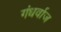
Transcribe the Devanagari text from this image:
गंधर्वाज